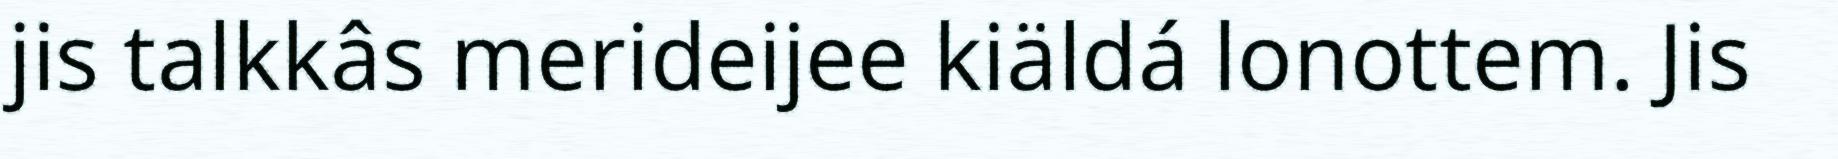
jis talkkâs merideijee kiäldá lonottem. Jis